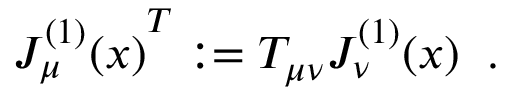
{ J _ { \mu } ^ { ( 1 ) } ( x ) } ^ { T } : = T _ { \mu \nu } J _ { \nu } ^ { ( 1 ) } ( x ) \; \; .